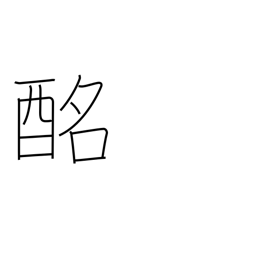
Meaning: sweet sake